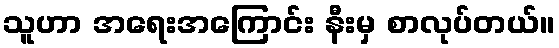
သူဟာ အရေးအကြောင်း နီးမှ စာလုပ်တယ်။